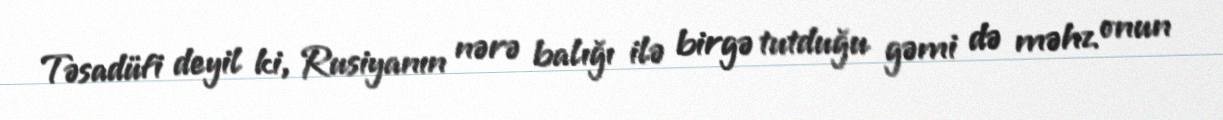
Təsadüfi deyil ki, Rusiyanın nərə balığı ilə birgə tutduğu gəmi də məhz onun